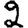
Digit: 2